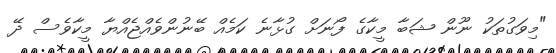
"މިވަގުތަކު ނޫން ޝަބާ މީކާގެ ފޯނަށް ގުޅާނެ ކަމެއް ބޭނުންވެއްޖެއްޔާ މީކާވެސް ދޭ